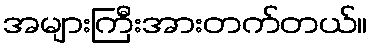
အများကြီးအားတက်တယ်။